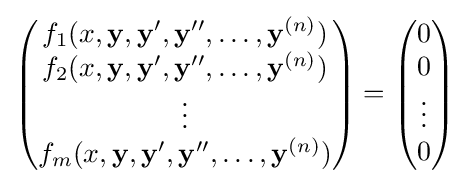
{\begin{pmatrix}f_{1}(x,\mathbf {y} ,\mathbf {y} ',\mathbf {y} '',\ldots ,\mathbf {y} ^{(n)})\\f_{2}(x,\mathbf {y} ,\mathbf {y} ',\mathbf {y} '',\ldots ,\mathbf {y} ^{(n)})\\\vdots \\f_{m}(x,\mathbf {y} ,\mathbf {y} ',\mathbf {y} '',\ldots ,\mathbf {y} ^{(n)})\end{pmatrix}}={\begin{pmatrix}0\\0\\\vdots \\0\end{pmatrix}}